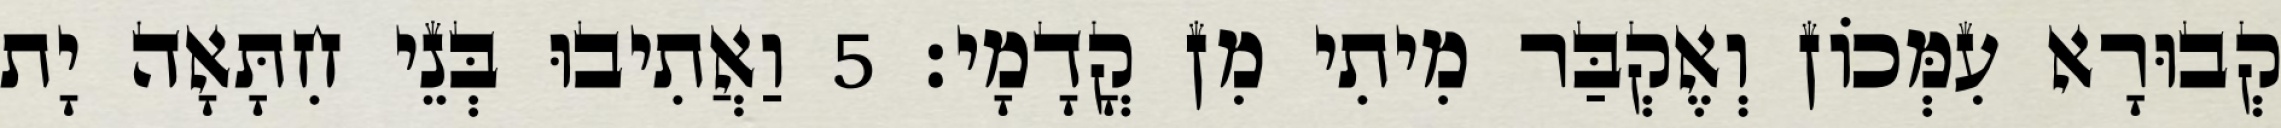
קְבוּרָא עִמְּכוֹן וְאֶקְבַּר מִיתִי מִן קֳדָמָי׃ 5 וַאֲתִיבוּ בְּנֵי חִתָּאָה יָת